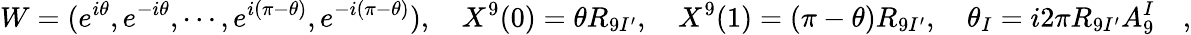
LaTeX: W=(e^{i\theta},e^{-i\theta},\cdots,e^{i(\pi-\theta)},e^{-i(\pi-\theta)}),\quad X^{9}(0)=\theta R_{9I^{\prime}},\quad X^{9}(1)=(\pi-\theta)R_{9I^{\prime}},\quad\theta_{I}=i2\pi R_{9I^{\prime}}A_{9}^{I}\quad,